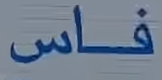
فاس